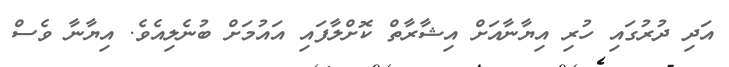
އަދި ދުރުގައި ހުރި އިޔާނާއަށް އިޝާރާތް ކޮށްލާފައި އައުމަށް ބުނެލިއެވެ. އިޔާނާ ވެސް